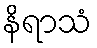
နိရာသံ